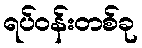
ရပ်ဝန်းတစ်ခု